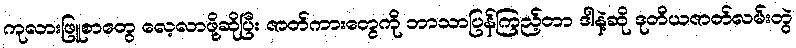
ကုလားဖြူစာတွေ လေ့လာဖို့ဆိုပြီး ဇာတ်ကားတွေကို ဘာသာပြန်ကြည့်တာ ဒါနဲ့ဆို ဒုတိယဇာတ်လမ်းတွဲ